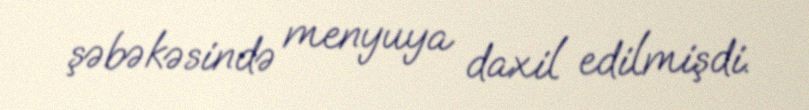
şəbəkəsində menyuya daxil edilmişdi.